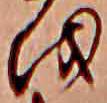
を